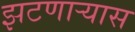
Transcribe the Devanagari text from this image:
झटणाऱ्यास